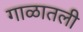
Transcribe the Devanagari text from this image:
गाळातली